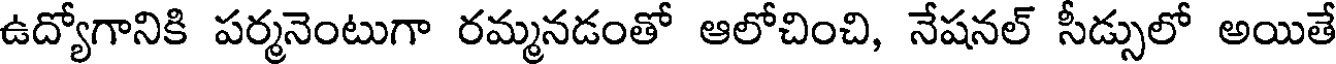
ఉద్యోగానికి పర్మనెంటుగా రమ్మనడంతో ఆలోచించి, నేషనల్ సీడ్సులో అయితే